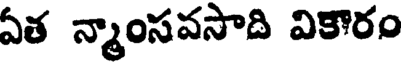
ఏత న్మాంసవసాది వికారం